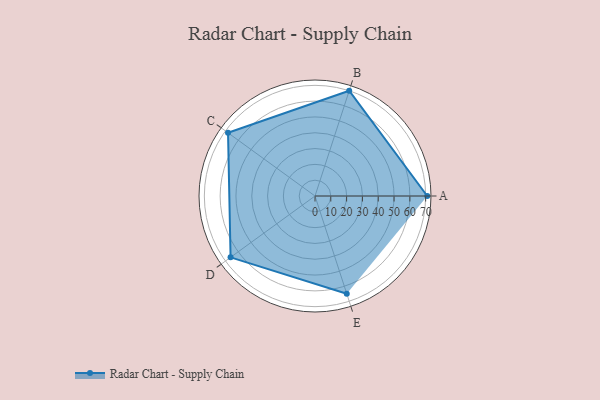
{"axis": {"x": "Skill", "y": "Score"}, "legend": ["Profile"], "data": [{"x": "A", "y": 71.0, "type": "Profile"}, {"x": "B", "y": 70.0, "type": "Profile"}, {"x": "C", "y": 68.0, "type": "Profile"}, {"x": "D", "y": 66.0, "type": "Profile"}, {"x": "E", "y": 65.0, "type": "Profile"}]}